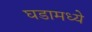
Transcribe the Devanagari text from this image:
घडामध्ये